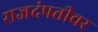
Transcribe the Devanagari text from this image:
राजदंपतीवर